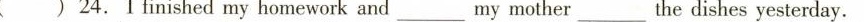
( )24.I finished my homework and_ my mother_the dishes yesterday.